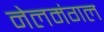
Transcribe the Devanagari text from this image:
नेलमंगल